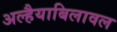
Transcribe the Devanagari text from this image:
अल्हैयाबिलावल